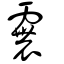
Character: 𩅽